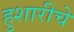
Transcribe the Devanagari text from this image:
हुशारीचे